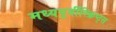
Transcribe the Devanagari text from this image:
मध्यपूर्वीस्क्रिप्ट्स